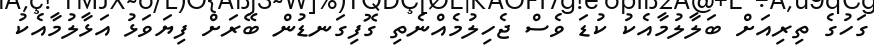
ގަހުގެ ތިރިއަށް ބަލާލުމާއެކު ކުޑަ ވެސް ޖެހިލުމެއްނެތި ގޮފިގަނޑުން ބޭރަށް ފިޔަވަޅު އަޅާލުމާއެކު